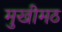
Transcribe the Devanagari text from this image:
मुखीमठ